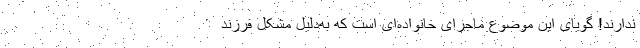
ندارند! گویای این موضوع ماجرای خانواده‌ای است که به‌دلیل مشکل فرزند